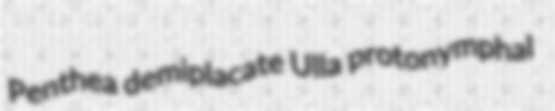
Penthea demiplacate Ulla protonymphal